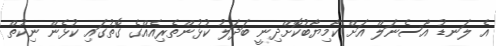
އެ ލަނޑު އާސެނަލް އަށް ކާމިޔާބުކޮށްދިނީ ބަދަލު ކުޅުންތެރިއެއްގެ ގޮތުގައި ކުޅެން ނިކުތް